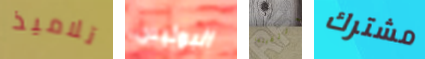
تلاميذ البوليس التقيتما مشترك